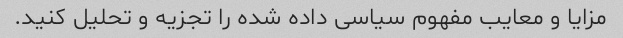
مزایا و معایب مفهوم سیاسی داده شده را تجزیه و تحلیل کنید.